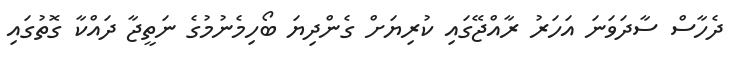
ދެހާސް ސާދަވަނަ އަހަރު ރާއްޖޭގައި ކުރިޔަށް ގެންދިޔަ ބޯހިމެނުމުގެ ނަތީޖާ ދައްކާ ގޮތުގައި